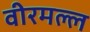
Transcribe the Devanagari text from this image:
वीरमल्ल